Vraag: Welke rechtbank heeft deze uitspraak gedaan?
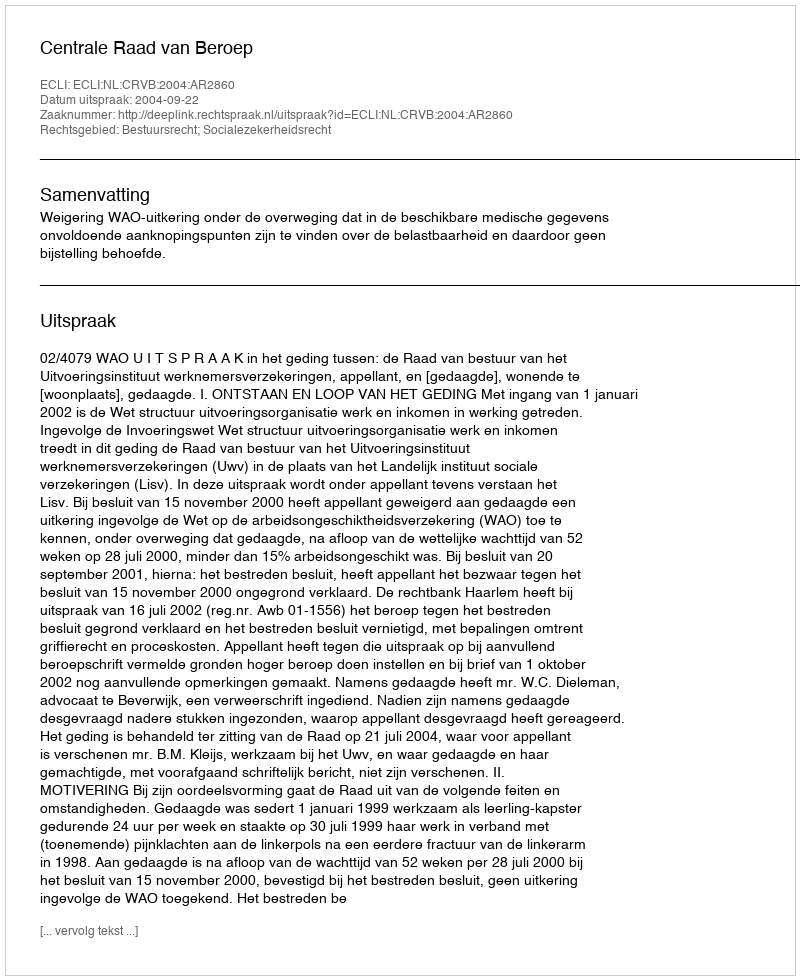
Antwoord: Centrale Raad van Beroep